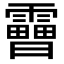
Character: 𩆗